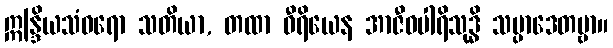
ဣန္ဒြိယသံဝရော သတိယာ, တထာ ဝီရိယေန အာဇီဝပါရိသုဒ္ဓိ သမ္ပာဒေတဗ္ဗာ။